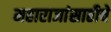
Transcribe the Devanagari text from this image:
महाराजांसाठीचे